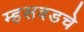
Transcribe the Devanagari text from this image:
म्हसवडचे